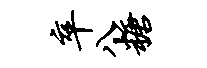
卒八糖